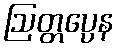
ဩတ္တပ္ပေန